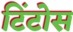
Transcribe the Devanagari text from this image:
टिंटोस